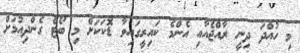
މި ހުއްދަ ދިނީ ރާއްޖެއާއި އެންމެ ކައިރީގައިވާ ޑޮކަކަށް މި ބޯޓް ގެންދިއުމަށް